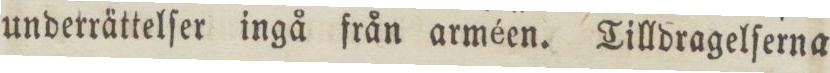
underrättelſer ingå från arméen. Tilldragelſerna